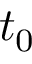
t _ { 0 }